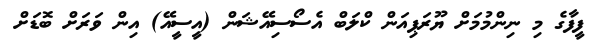
ފީފާގެ މި ނިންމުމަށް ޔޫރަޕިއަން ކްލަބް އެސޯސިއޭޝަން (އީސީއޭ) އިން ވަރަށް ބޮޑަށް